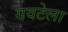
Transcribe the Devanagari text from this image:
गवटेला